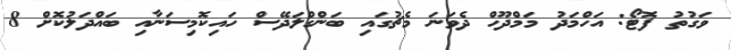
ވަގުތު ފޮޓޯ: އަހްމަދު މަމްދޫހް ދެވަނަ މެޗުގައި ބަންގްލަދޭސް ހައިކޮމިސަނާއި ބައްދަލުކޮށް 8